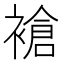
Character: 𬡧